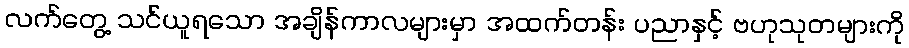
လက်တွေ့ သင်ယူရသော အချိန်ကာလများမှာ အထက်တန်း ပညာနှင့် ဗဟုသုတများကို